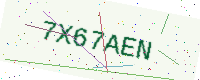
Text: 7X67AEN